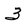
Character: 3